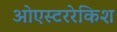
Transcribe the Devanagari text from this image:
ओएस्टररेकिश